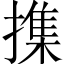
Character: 𢵸